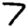
Digit: 7